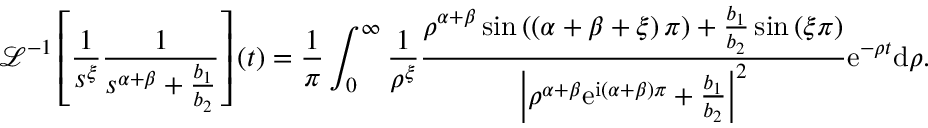
\mathcal { L } ^ { - 1 } \left[ \frac { 1 } { s ^ { \xi } } \frac { 1 } { s ^ { \alpha + \beta } + \frac { b _ { 1 } } { b _ { 2 } } } \right] \left( t \right) = \frac { 1 } { \pi } \int _ { 0 } ^ { \infty } \frac { 1 } { \rho ^ { \xi } } \frac { \rho ^ { \alpha + \beta } \sin \left( \left( \alpha + \beta + \xi \right) \pi \right) + \frac { b _ { 1 } } { b _ { 2 } } \sin \left( \xi \pi \right) } { \left\vert \rho ^ { \alpha + \beta } \mathrm { e } ^ { \mathrm { i } \left( \alpha + \beta \right) \pi } + \frac { b _ { 1 } } { b _ { 2 } } \right\vert ^ { 2 } } \mathrm { e } ^ { - \rho t } \mathrm { d } \rho .